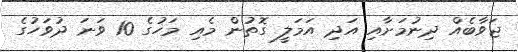
ޖަވާބެއް ދިނުމަށާއި އަދި އަމަލީ ގޮތުން މެއި މަހުގެ 10 ވަނަ ދުވަހުގެ